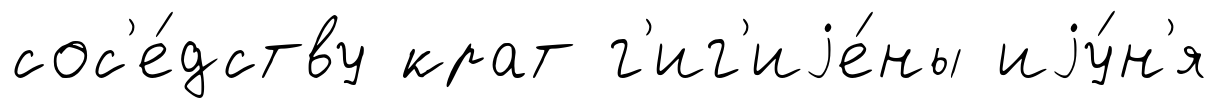
сос'е́дству крат г'иг'иjе́ны иjу́н'я